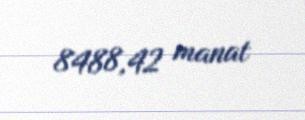
8488,42 manat